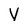
Character: V